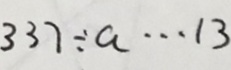
3 3 7 \div a \cdots 1 3